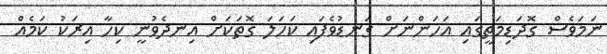
ނަމަވެސް ގޮދަޑިމަތީގައި އަހަންނަށް ގަނޑުވެފައި ކަހަލަ ގޮތަކަށް އިނދެވުނީ ކިހާ އިރަކު ކަމެއް